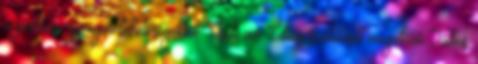
a jövõbeni gyönyör-lehetõségektõl. Csak az Edua születését megelõzõ Táltos